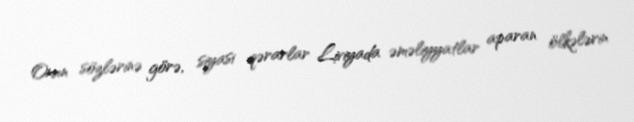
Onun sözlərinə görə, siyasi qərarlar Liviyada əməliyyatlar aparan ölkələrin